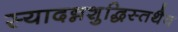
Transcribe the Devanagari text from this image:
स्यादन्नशुद्धिस्तथैव